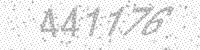
Solution: 441176